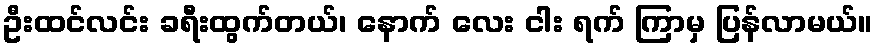
ဦးထင်လင်း ခရီးထွက်တယ်၊ နောက် လေး ငါး ရက် ကြာမှ ပြန်လာမယ်။